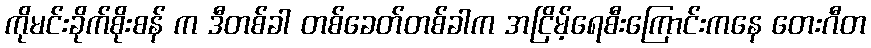
ကိုမင်းခိုက်စိုးစန် က ဒီတစ်ခါ တစ်ခေတ်တစ်ခါက အငြိမ့်ရေစီးကြောင်းကနေ တေးဂီတ